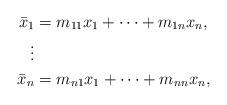
LaTeX: \begin{align*} \bar{x}_1 &= m_{11} x_1 + \cdots + m_{1n} x_n,\\ \vdots &\\ \bar{x}_n &= m_{n1} x_1 + \cdots + m_{nn} x_n,\end{align*}